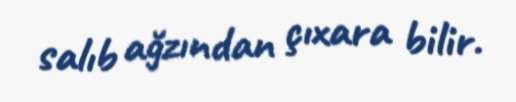
salıb ağzından çıxara bilir.